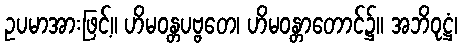
ဥပမာအားဖြင့်။ ဟိမဝန္တပဗ္ဗတေ၊ ဟိမဝန္တာတောင်၌။ အဘိဝုဋ္ဌံ၊